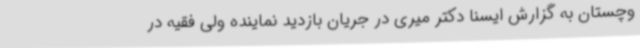
وچستان به گزارش ایسنا دکتر میری در جریان بازدید نماینده ولی فقیه در